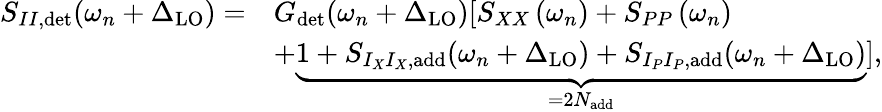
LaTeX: \begin{array}{rl}{S_{II,\mathrm{det}}(\omega_{n}+\Delta_{\mathrm{LO}})=}&{G_{\mathrm{det}}(\omega_{n}+\Delta_{\mathrm{LO}})[S_{XX}\left(\omega_{n}\right)+S_{PP}\left(\omega_{n}\right)}\\ &{+\underbrace{1+S_{I_{X}I_{X},\mathrm{add}}(\omega_{n}+\Delta_{\mathrm{LO}})+S_{I_{P}I_{P},\mathrm{add}}(\omega_{n}+\Delta_{\mathrm{LO}})}_{=2N_{\mathrm{add}}}],}\end{array}